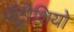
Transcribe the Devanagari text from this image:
पॅट्रीशियो